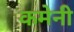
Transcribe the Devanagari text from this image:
कमेनी